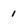
Character: 1